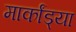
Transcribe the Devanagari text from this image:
मार्कांड्या